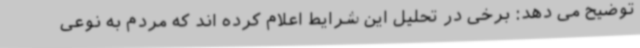
توضیح می دهد: برخی در تحلیل این شرایط اعلام کرده اند که مردم به نوعی